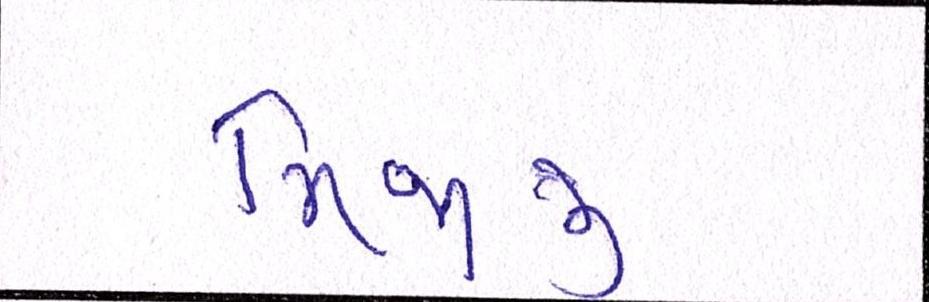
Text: મિજાજી